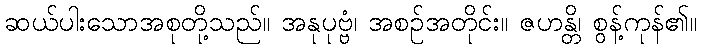
ဆယ်ပါးသောအစုတို့သည်။ အနုပုဗ္ဗံ၊ အစဉ်အတိုင်း။ ဇဟန္တိ၊ စွန့်ကုန်၏။